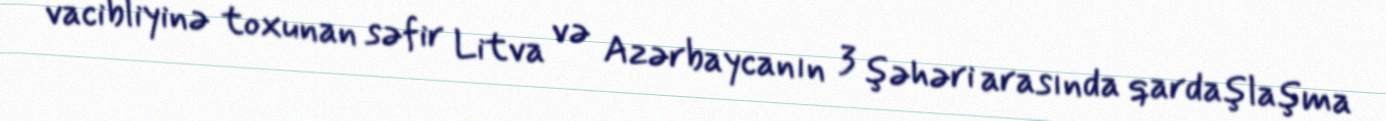
vacibliyinə toxunan səfir Litva və Azərbaycanın 3 şəhəri arasında qardaşlaşma